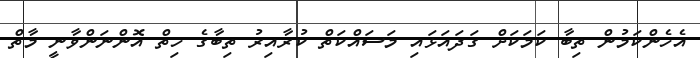
އެހެންކަމުން ތިބާ ކަމަކަށް ގަދައަޅައި މަސައްކަތް ކުރާއިރު ތިބާގެ ހިތް އޮންނަންވާނީ މާތް